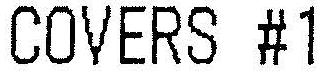
COVERS #1